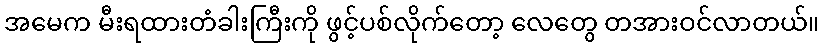
အမေက မီးရထားတံခါးကြီးကို ဖွင့်ပစ်လိုက်တော့ လေတွေ တအားဝင်လာတယ်။